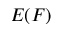
E ( F )